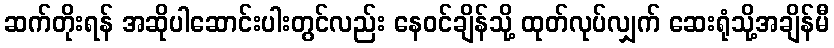
ဆက်တိုးရန် အဆိုပါဆောင်းပါးတွင်လည်း နေဝင်ချိန်သို့ ထုတ်လုပ်လျှက် ဆေးရုံသို့အချိန်မီ